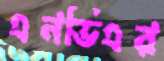
এনভিএর